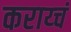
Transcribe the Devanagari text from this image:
कराय्चं